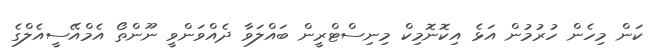
ކަން މިހެން ހުރުމުން އަޅެ އިކޮނޮމިކް މިނިސްޓްރީން ބައްލަވާ ދެއްވަންވީ ނޫންތޯ އެމްއޭސީއެލްގެ